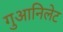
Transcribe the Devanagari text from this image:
गुआनिलेट